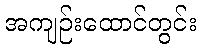
အကျဉ်းထောင်တွင်း